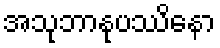
အသုဘာနုပဿိနော